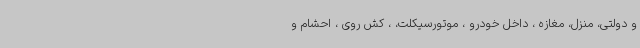
و دولتی، منزل، مغازه ، داخل خودرو ، موتورسیکلت، ، کش روی ، احشام و